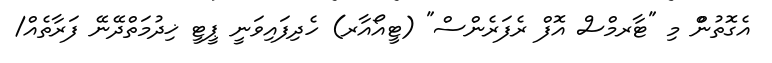
އެގޮތުންް މި "ޓާރމްސް އޮފް ރެފަރެންސް" (ޓީއޯއާރ) ހެދިފައިވަނީ ޕީޓީ ޚިދުމަތްދޭނޭ ފަރާތެއް/